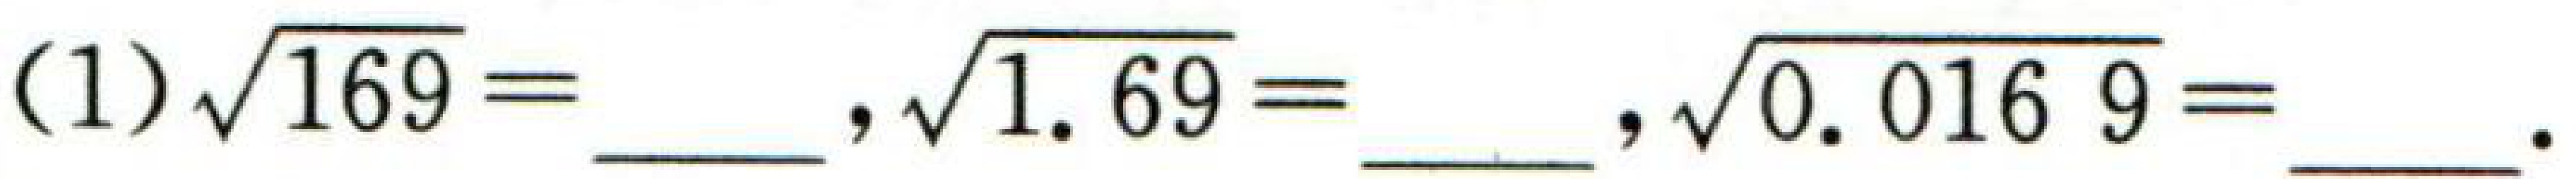
(1)$\sqrt{169}=$  ，$\sqrt{1.69}=$  ，$\sqrt{0.0169}=$  。